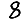
Digit: 8